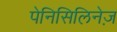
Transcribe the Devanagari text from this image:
पेनिसिलिनेज़